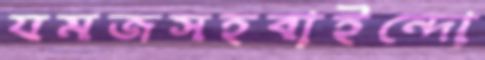
যমজসহবাইন্দো